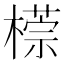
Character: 𣛂